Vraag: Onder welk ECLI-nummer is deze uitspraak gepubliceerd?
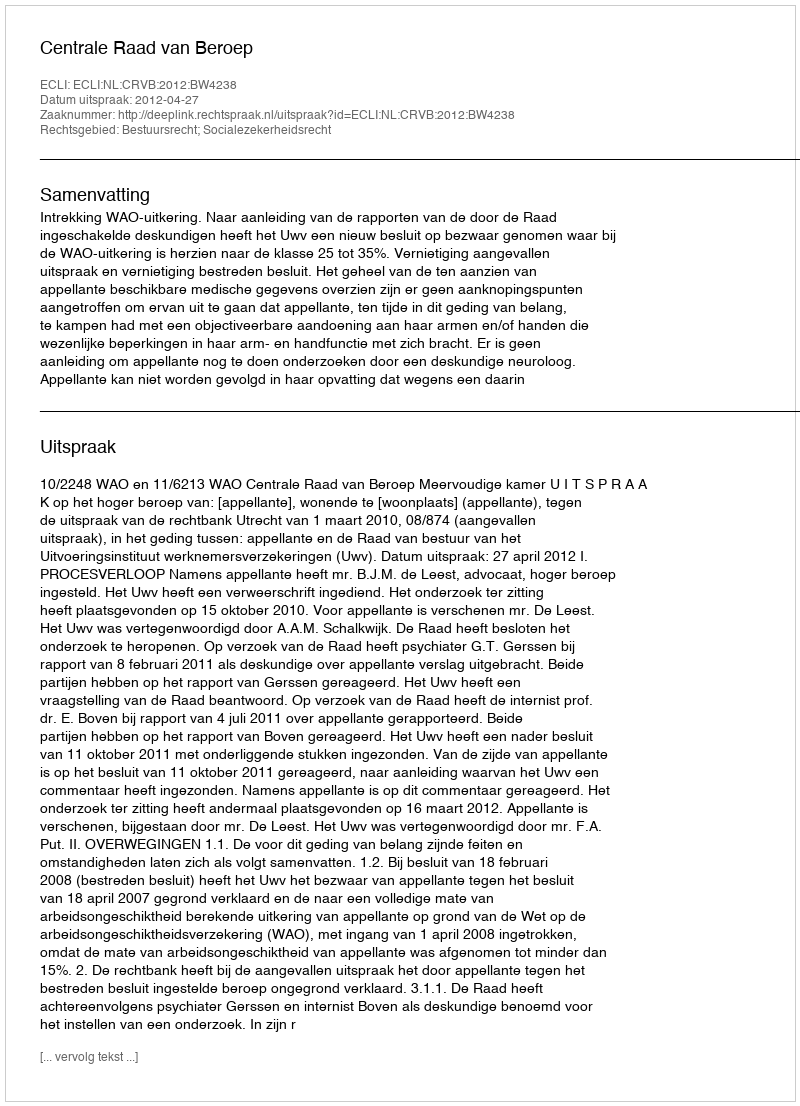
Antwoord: ECLI:NL:CRVB:2012:BW4238